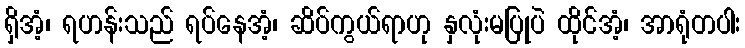
ရှိအံ့၊ ရဟန်းသည် ရပ်နေအံ့၊ ဆိပ်ကွယ်ရာဟု နှလုံးမပြုပဲ ထိုင်အံ့၊ အာရုံတပါး